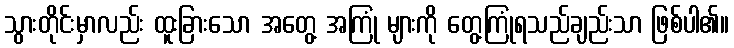
သွားတိုင်းမှာလည်း ထူးခြားသော အတွေ့ အကြုံ များကို တွေ့ကြုံရသည်ချည်းသာ ဖြစ်ပါ၏။